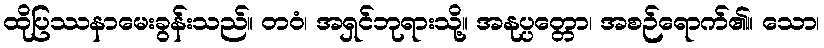
ထိုပြဿနာမေးခွန်းသည်။ တဝံ၊ အရှင်ဘုရားသို့။ အနုပ္ပတ္တော၊ အစဉ်ရောက်၏။ သော၊